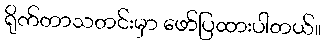
ရိုက်တာသတင်းမှာ ဖော်ပြထားပါတယ်။